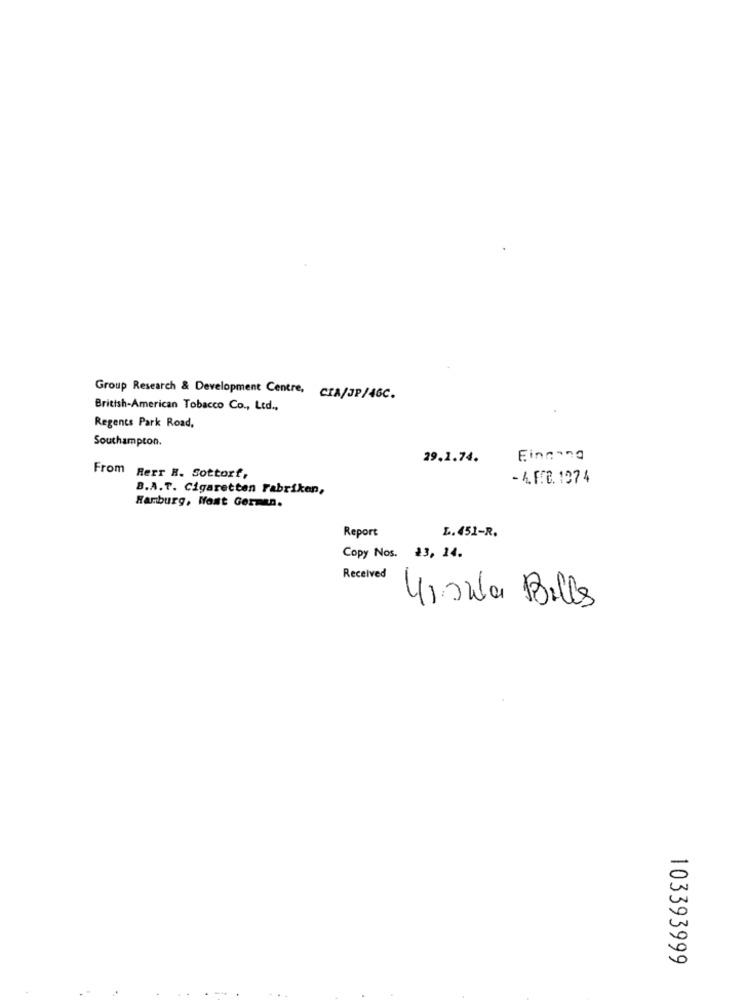
Group Research & Development Centre, CIA/JP/46C.
British-American Tobacco Co ., Ltd .,
Regents Park Road,
Southampton.
29.1.74.
Eingang
From Rerr H. Sottorf,
- 4.F2.1974
B.A.T. Cigaretten Fabriken,
Hamburg, Host German.
Report
L. 451-R.
Copy Nos. 23, 14.
Received
-
Himla Bills
103393999